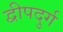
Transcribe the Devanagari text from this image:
द्वीपदुर्ग